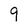
Character: 9